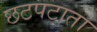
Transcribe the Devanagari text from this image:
छटपटाता